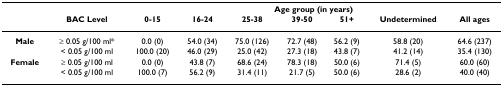
<table><thead><tr><td></td><td></td><td colspan="7"><b>Age group (in years)</b></td></tr><tr><td></td><td><b>BAC Level</b></td><td><b>0-15</b></td><td><b>16-24</b></td><td><b>25-38</b></td><td><b>39-50</b></td><td><b>51+</b></td><td><b>Undetermined</b></td><td><b>All ages</b></td></tr></thead><tbody><tr><td><b>Male</b></td><td>≥ 0.05 g/100 ml*</td><td>0.0 (0)</td><td>54.0 (34)</td><td>75.0 (126)</td><td>72.7 (48)</td><td>56.2 (9)</td><td>58.8 (20)</td><td>64.6 (237)</td></tr><tr><td></td><td>&lt; 0.05 g/100 ml</td><td>100.0 (20)</td><td>46.0 (29)</td><td>25.0 (42)</td><td>27.3 (18)</td><td>43.8 (7)</td><td>41.2 (14)</td><td>35.4 (130)</td></tr><tr><td><b>Female</b></td><td>≥ 0.05 g/100 ml</td><td>0.0 (0)</td><td>43.8 (7)</td><td>68.6 (24)</td><td>78.3 (18)</td><td>50.0 (6)</td><td>71.4 (5)</td><td>60.0 (60)</td></tr><tr><td></td><td>&lt; 0.05 g/100 ml</td><td>100.0 (7)</td><td>56.2 (9)</td><td>31.4 (11)</td><td>21.7 (5)</td><td>50.0 (6)</td><td>28.6 (2)</td><td>40.0 (40)</td></tr></tbody></table>